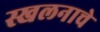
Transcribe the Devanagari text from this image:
स्खलनाचे